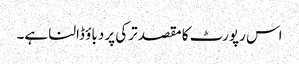
اس رپورٹ کا مقصد ترکی پر دباؤ ڈالنا ہے۔